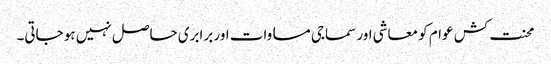
محنت کش عوام کو معاشی اور سماجی مساوات اور برابری حاصل نہیں ہو جاتی۔